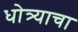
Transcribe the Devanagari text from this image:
धोत्र्याचा